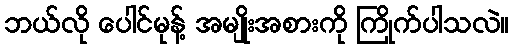
ဘယ်လို ပေါင်မုန့် အမျိုးအစားကို ကြိုက်ပါသလဲ။